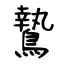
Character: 鷙